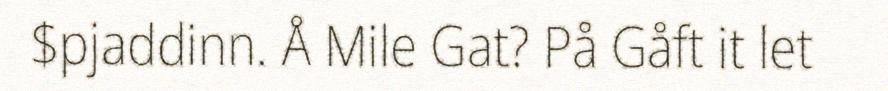
$pjaddinn. Å Mile Gat? På Gåft it let